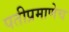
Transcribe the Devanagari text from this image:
पतीप्रमाणेच